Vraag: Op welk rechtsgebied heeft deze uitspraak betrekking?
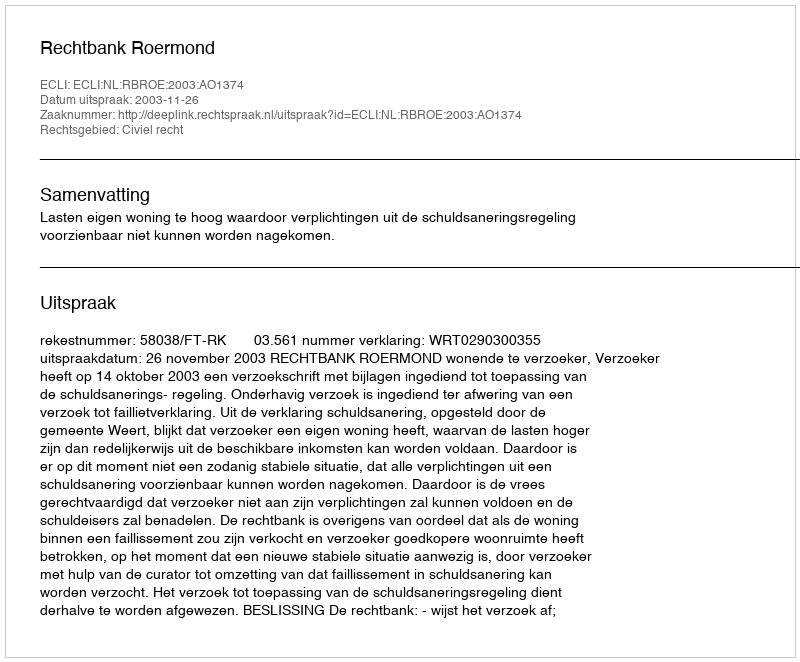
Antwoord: Civiel recht